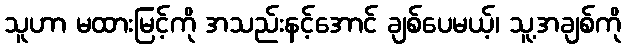
သူဟာ မထားမြင့်ကို အသည်းနင့်အောင် ချစ်ပေမယ့်၊ သူ့အချစ်ကို